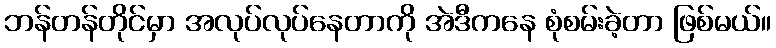
ဘန်တန်တိုင်မှာ အလုပ်လုပ်နေတာကို အဲဒီကနေ စုံစမ်းခဲ့တာ ဖြစ်မယ်။